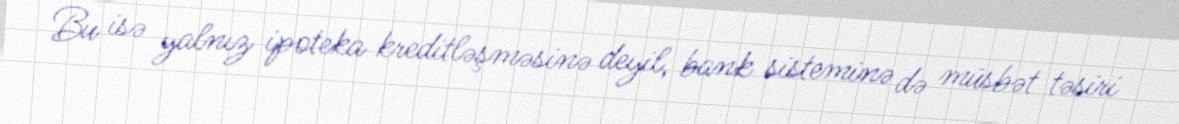
Bu isə yalnız ipoteka kreditləşməsinə deyil, bank sisteminə də müsbət təsiri